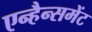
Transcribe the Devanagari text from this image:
एन्हैन्समेंट